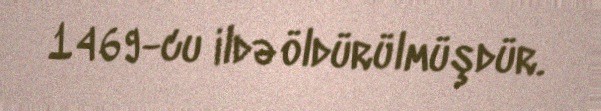
1469-cu ildə öldürülmüşdür.